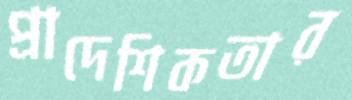
প্রাদেশিকতার